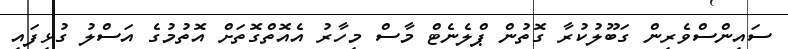
ސައިންސްވެރިން ގަބޫލުކުރާ ގޮތުން ޕްލެނެޓް މާސް މިހާރު އެއޮތްގޮތަށް އޮތުމުގެ އަސްލު ގުޅިފައި